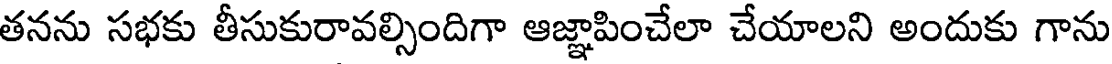
తనను సభకు తీసుకురావల్సిందిగా ఆజ్ఞాపించేలా చేయాలని అందుకు గాను